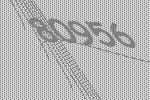
80956